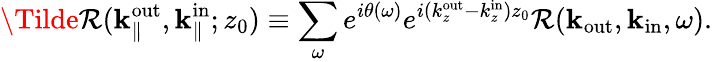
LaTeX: \Tilde{\mathcal{R}}(\textbf{{k}}_{\parallel}^{\mathrm{{out}}},\textbf{{k}}_{\parallel}^{\mathrm{{in}}};z_{0})\equiv\sum_{\omega}e^{i\theta(\omega)}e^{i(k_{z}^{\mathrm{{out}}}-k_{z}^{\mathrm{{in}}})z_{0}}\mathcal{R}(\textbf{{k}}_{\mathrm{{out}}},\textbf{{k}}_{\mathrm{{in}}},\omega).